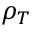
\rho _ { T }